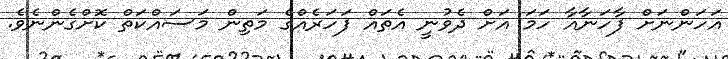
އަހަންނަށް ފާހަނާއާ ހަމަ އަށް ދެވުނީ އެތައް ފަހަރެއްގެ މަތިން މަސައްކަތް ކޮށްގެންނެވެ.